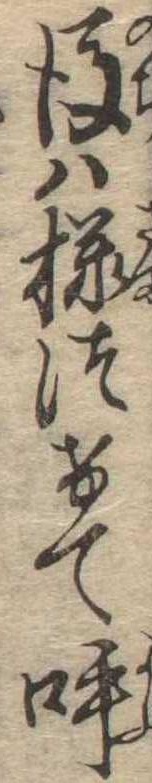
後は様つけて呼